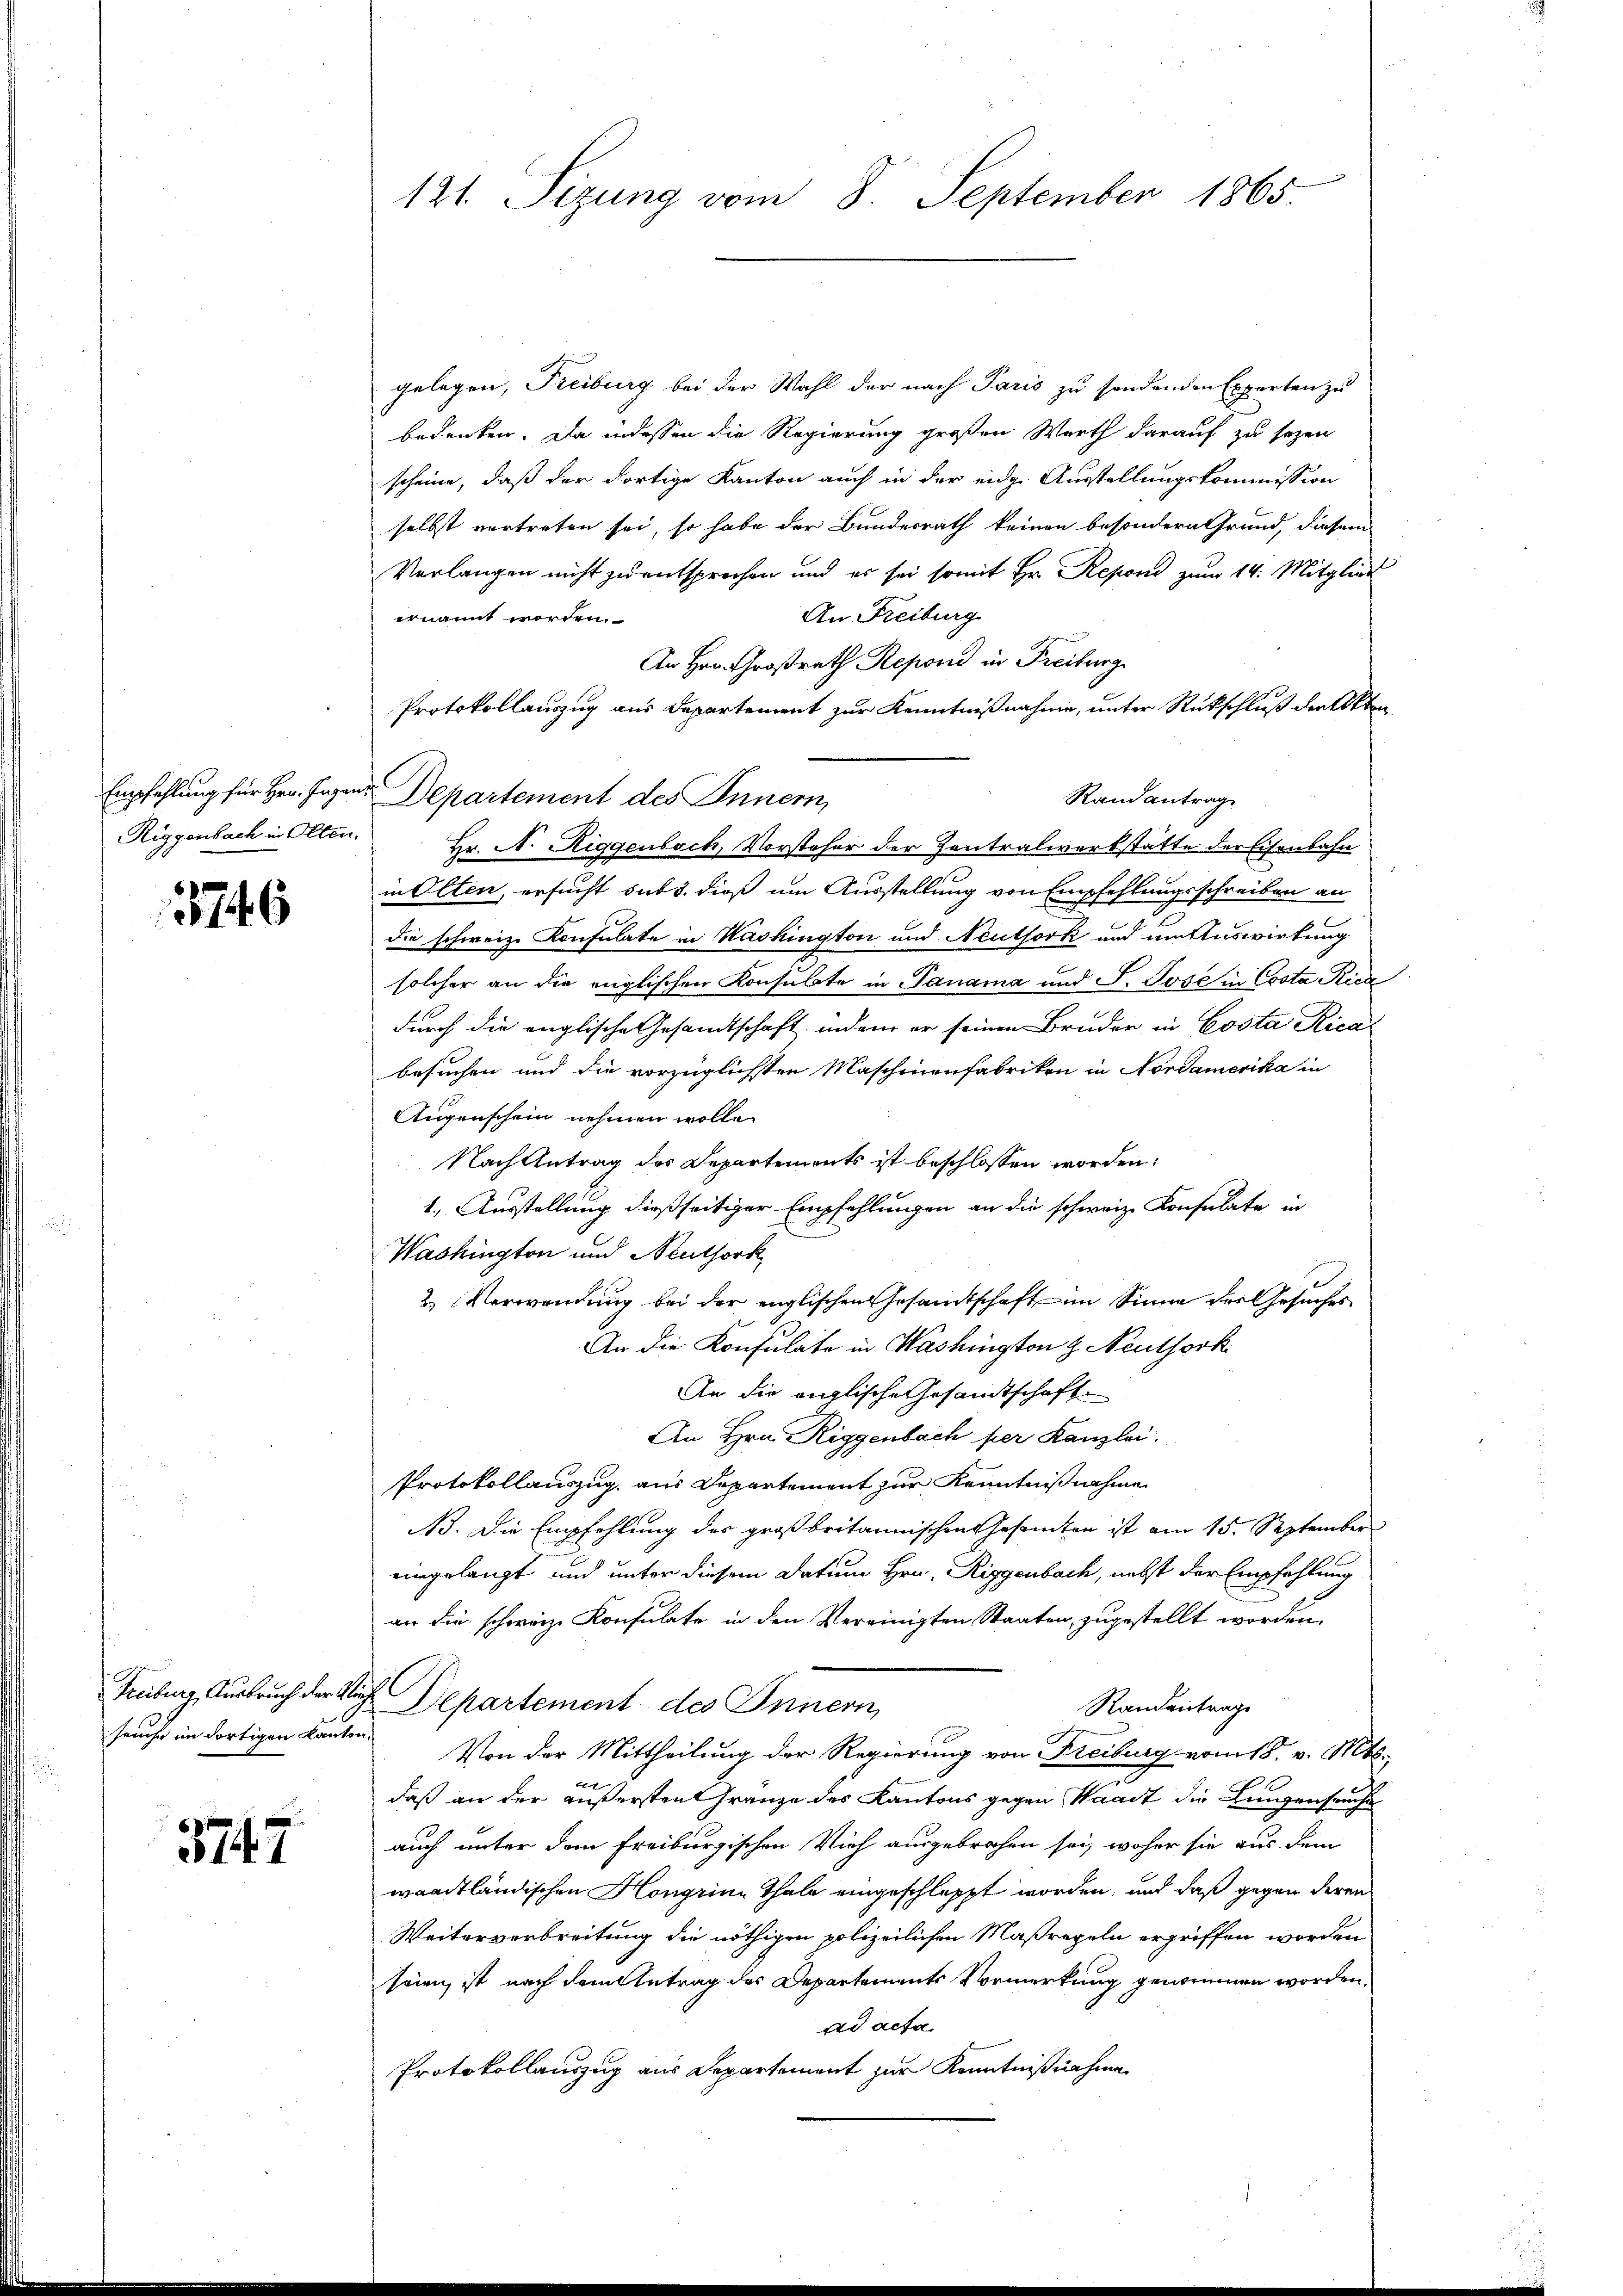
5746

Freiburg, Ausbruch der Klin¬

5747

121. Sizung vom 8. September 1865.

gelegen, Freiburg bei der Wahl der nach Paris zu sondenden Experten zu
bedenken. Da indessen die Regierung großen Werth darauf zu sezen
scheine, daß der dortige Kanton auch in der eidg. Ausstellungskommission
selbst vertreten sei, so habe der Bundesrath keinen besondern Grund, diesem
Verlangen nicht zu entsprechen und es sei somit Hr. Repond zum 14. Mitglied
An Freiburg
ernannt worden.
An Hrn. Großrath Reponi in Freiburg
Protokollauszug aus Departement zur Kenntnißnahme, unter Rückschluß der Akten
Randantrag
Riggenbach in Olten. Hr. N. Riggenbach, Vorsteher der Zentralwerkstatte der Eisenbahn
in Olten, ersucht sub 5. dieß um Ausstellung von Empfehlungsschreiben an
die schweiz. Konsulate in Washington und Neuthork und um Auswirkung
solcher an die englischen Konsulate in Panama und J. Jose in Costa Rica
durch die englische Gesamtschaft indem er seinen Bruder in Costa Rical
besuchen und die vorzüglichsten Maschinenfabriken in Nordamerika in
Augenschein nehmen wolle.
Nach Antrag des Departements ist beschlossen worden.
1. Ausstellung dießseitiger Empfehlungen an die schweiz. Konsulate in
Washington und Neuthork
2.) Verwendung bei der englischen Gesandtschaft im Sinne der Gesuches
An die Konsulate in Washington H. Neuthork
An die englische Gesandtschaft
An Hrn. Riggenbach per Kanzlei.
Protokollauszug, aus Departement zur Kenntnißnahme
A. Die Empfehlung des großbritannischen Gesanten ist am 15. September
eingelangt und unter diesem Datum Hrn. Riggenbach, nebst der Empfehlung
an die schweiz. Konsulate in den Vereinigten Staaten, zugestellt worden.
 Departement des Innern,
Randentrage
seuche in dortigen kanton Von der Mittheilung der Regierung von Freiburg vom 18. v. Mts.,

daß an der äußersten Gränze des Kantons gegen Waadt die Lungenseuche
auch unter dem Freiburgischen Vieh ausgebrochen sei, woher sie aus dem
waadtländischen Hongrine Thale eingeschleppt worden, und daß gegen deren
Weiterverbreitung die nöthigen polizeilichen Maßregeln ergriffen worden
seien, ist nach dem Antrag des Departements Vormerkung genommen worden.
ad acta
Protokollauszug aus Departement zur Kenntnißnahme

Empfehlung für Hrn. Jagen Departement des Innern,